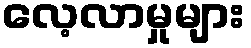
လေ့လာမှုများ